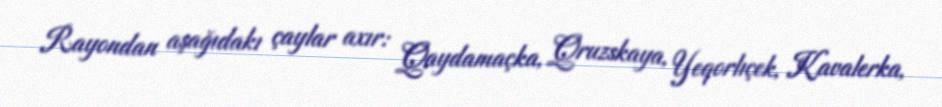
Rayondan aşağıdakı çaylar axır: Qaydamaçka, Qruzskaya, Yeqorlıçek, Kavalerka,